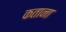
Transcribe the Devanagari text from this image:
कताना